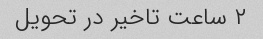
۲ ساعت تاخیر در تحویل